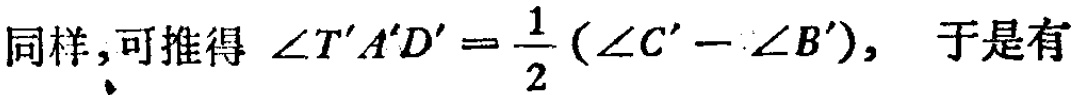
同样,可推得 \(\angle T'A'D'=\frac{1}{2}(\angle C' - \angle B')\), 于是有